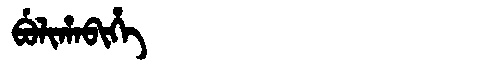
Manchu: ᠪᡠᠯᡳᡥᠠᠪᡳᡥᡝ
Romanization: BULIHABIHE